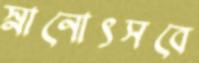
স্নানোৎসবে